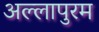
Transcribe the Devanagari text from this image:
अल्लापुरम